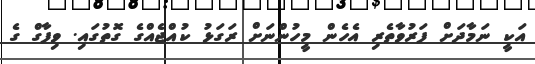
އަކީ ނަމާދަށް ފަރުވާތެރި އެހެން މީހުންނަށް ރަގަޅު ކުއްޖެއްގެ ގޮތުގައި. ވިފާގް ގެ